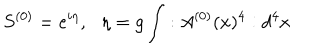
LaTeX: S ^ { ( 0 ) } = e ^ { i \eta } , \, \, \, \, \eta = g \int : A ^ { ( 0 ) } ( x ) ^ { 4 } : d ^ { 4 } x